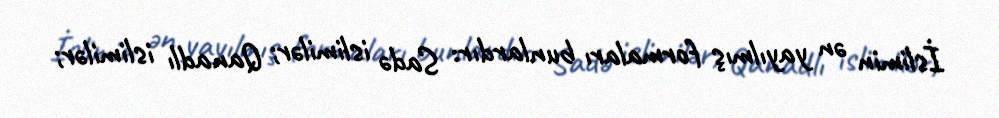
İslimin ən yayılmış formaları bunlardır: Sadə islimilər; Qanadlı islimilər;